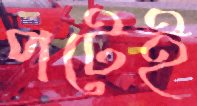
পটেই